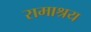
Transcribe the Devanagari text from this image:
रामाश्रय